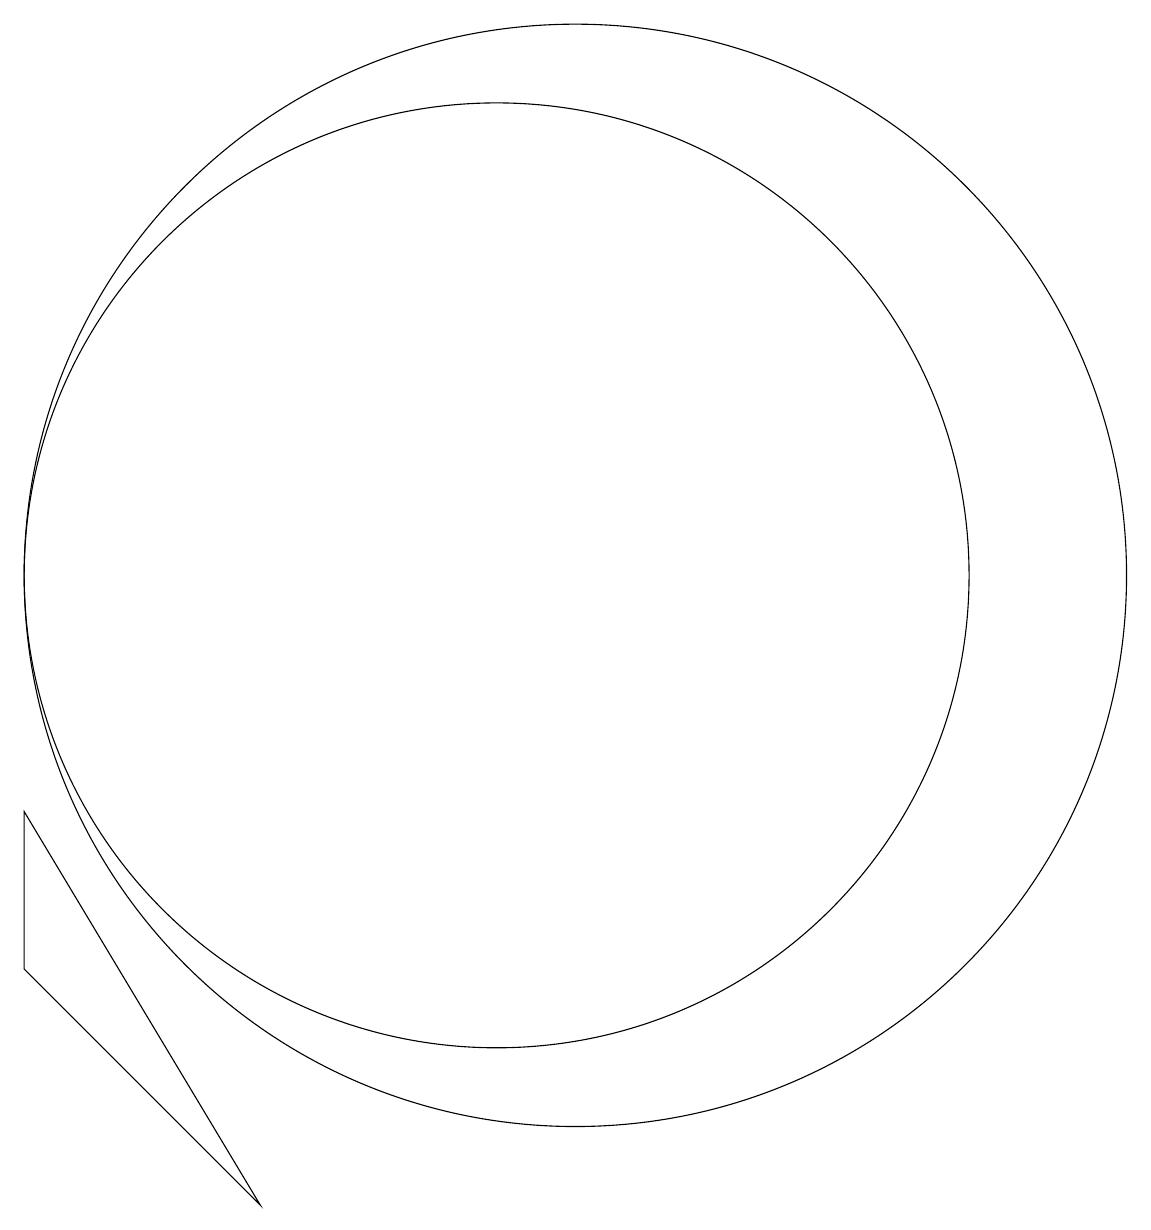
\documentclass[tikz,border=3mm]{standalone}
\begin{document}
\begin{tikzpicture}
\draw (11,10) circle (7);
\draw (4,7) -- (4,5) -- (7,2) -- cycle;
\draw (10,10) circle (6);
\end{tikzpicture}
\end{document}